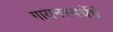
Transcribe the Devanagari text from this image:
गायनस्पर्धेचे